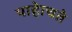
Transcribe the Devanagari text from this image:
पाहेाचते